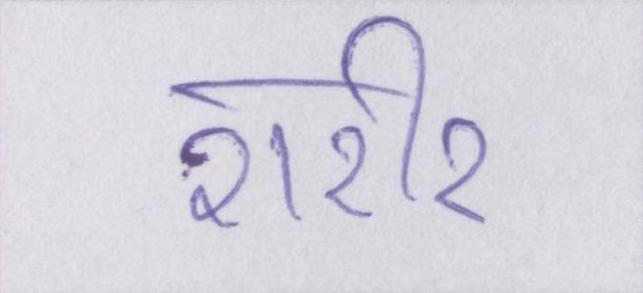
शरीर